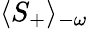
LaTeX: \langle S_{+}\rangle_{-\omega}